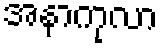
အနာကုလာ